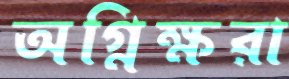
অগ্নিক্ষরা